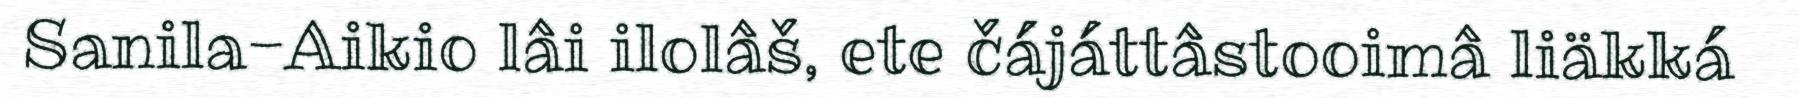
Sanila-Aikio lâi ilolâš, ete čájáttâstooimâ liäkká